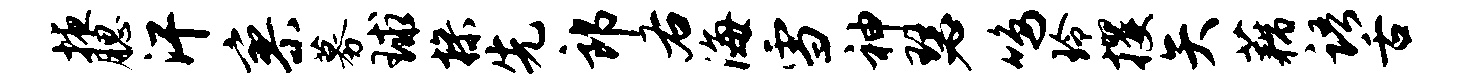
掖腮汗寥募球操先郎右海雪神瑟鸣玲攫矢藕语舌